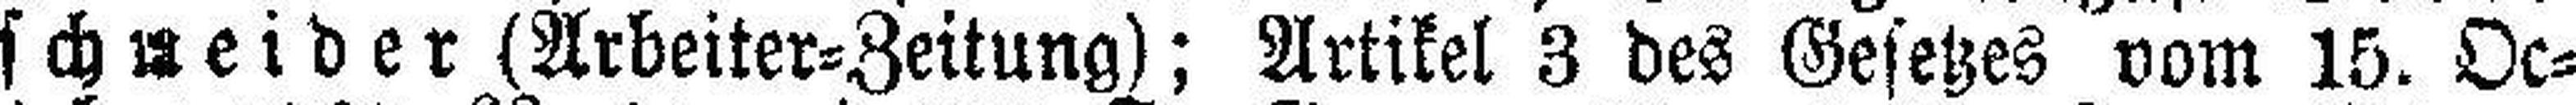
schneider (Arbeiter=Zeitung); Artikel 3 des Gesetzes vom 15. Oc¬